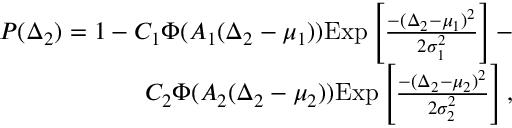
\begin{array} { r } { P ( \Delta _ { 2 } ) = 1 - C _ { 1 } \Phi ( A _ { 1 } ( \Delta _ { 2 } - \mu _ { 1 } ) ) \mathrm { E x p } \left[ \frac { - ( \Delta _ { 2 } - \mu _ { 1 } ) ^ { 2 } } { 2 \sigma _ { 1 } ^ { 2 } } \right] - } \\ { C _ { 2 } \Phi ( A _ { 2 } ( \Delta _ { 2 } - \mu _ { 2 } ) ) \mathrm { E x p } \left[ \frac { - ( \Delta _ { 2 } - \mu _ { 2 } ) ^ { 2 } } { 2 \sigma _ { 2 } ^ { 2 } } \right] , } \end{array}